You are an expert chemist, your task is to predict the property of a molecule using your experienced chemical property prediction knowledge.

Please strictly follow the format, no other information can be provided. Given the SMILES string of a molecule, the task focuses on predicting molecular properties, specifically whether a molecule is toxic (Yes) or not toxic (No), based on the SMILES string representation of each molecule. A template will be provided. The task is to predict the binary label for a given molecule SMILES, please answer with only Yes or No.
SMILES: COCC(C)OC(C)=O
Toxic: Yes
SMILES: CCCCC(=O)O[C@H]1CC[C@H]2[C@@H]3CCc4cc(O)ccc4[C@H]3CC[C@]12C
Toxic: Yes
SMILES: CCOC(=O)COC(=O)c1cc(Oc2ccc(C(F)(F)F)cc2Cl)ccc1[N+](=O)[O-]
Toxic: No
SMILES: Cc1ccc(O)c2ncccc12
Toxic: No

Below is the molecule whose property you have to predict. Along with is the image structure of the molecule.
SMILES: CC(C)N(CCO)C(C)C
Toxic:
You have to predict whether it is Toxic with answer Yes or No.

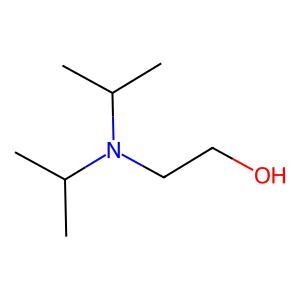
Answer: No